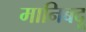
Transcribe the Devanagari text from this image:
मानिबदू